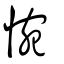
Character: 惋